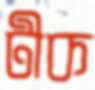
টীক